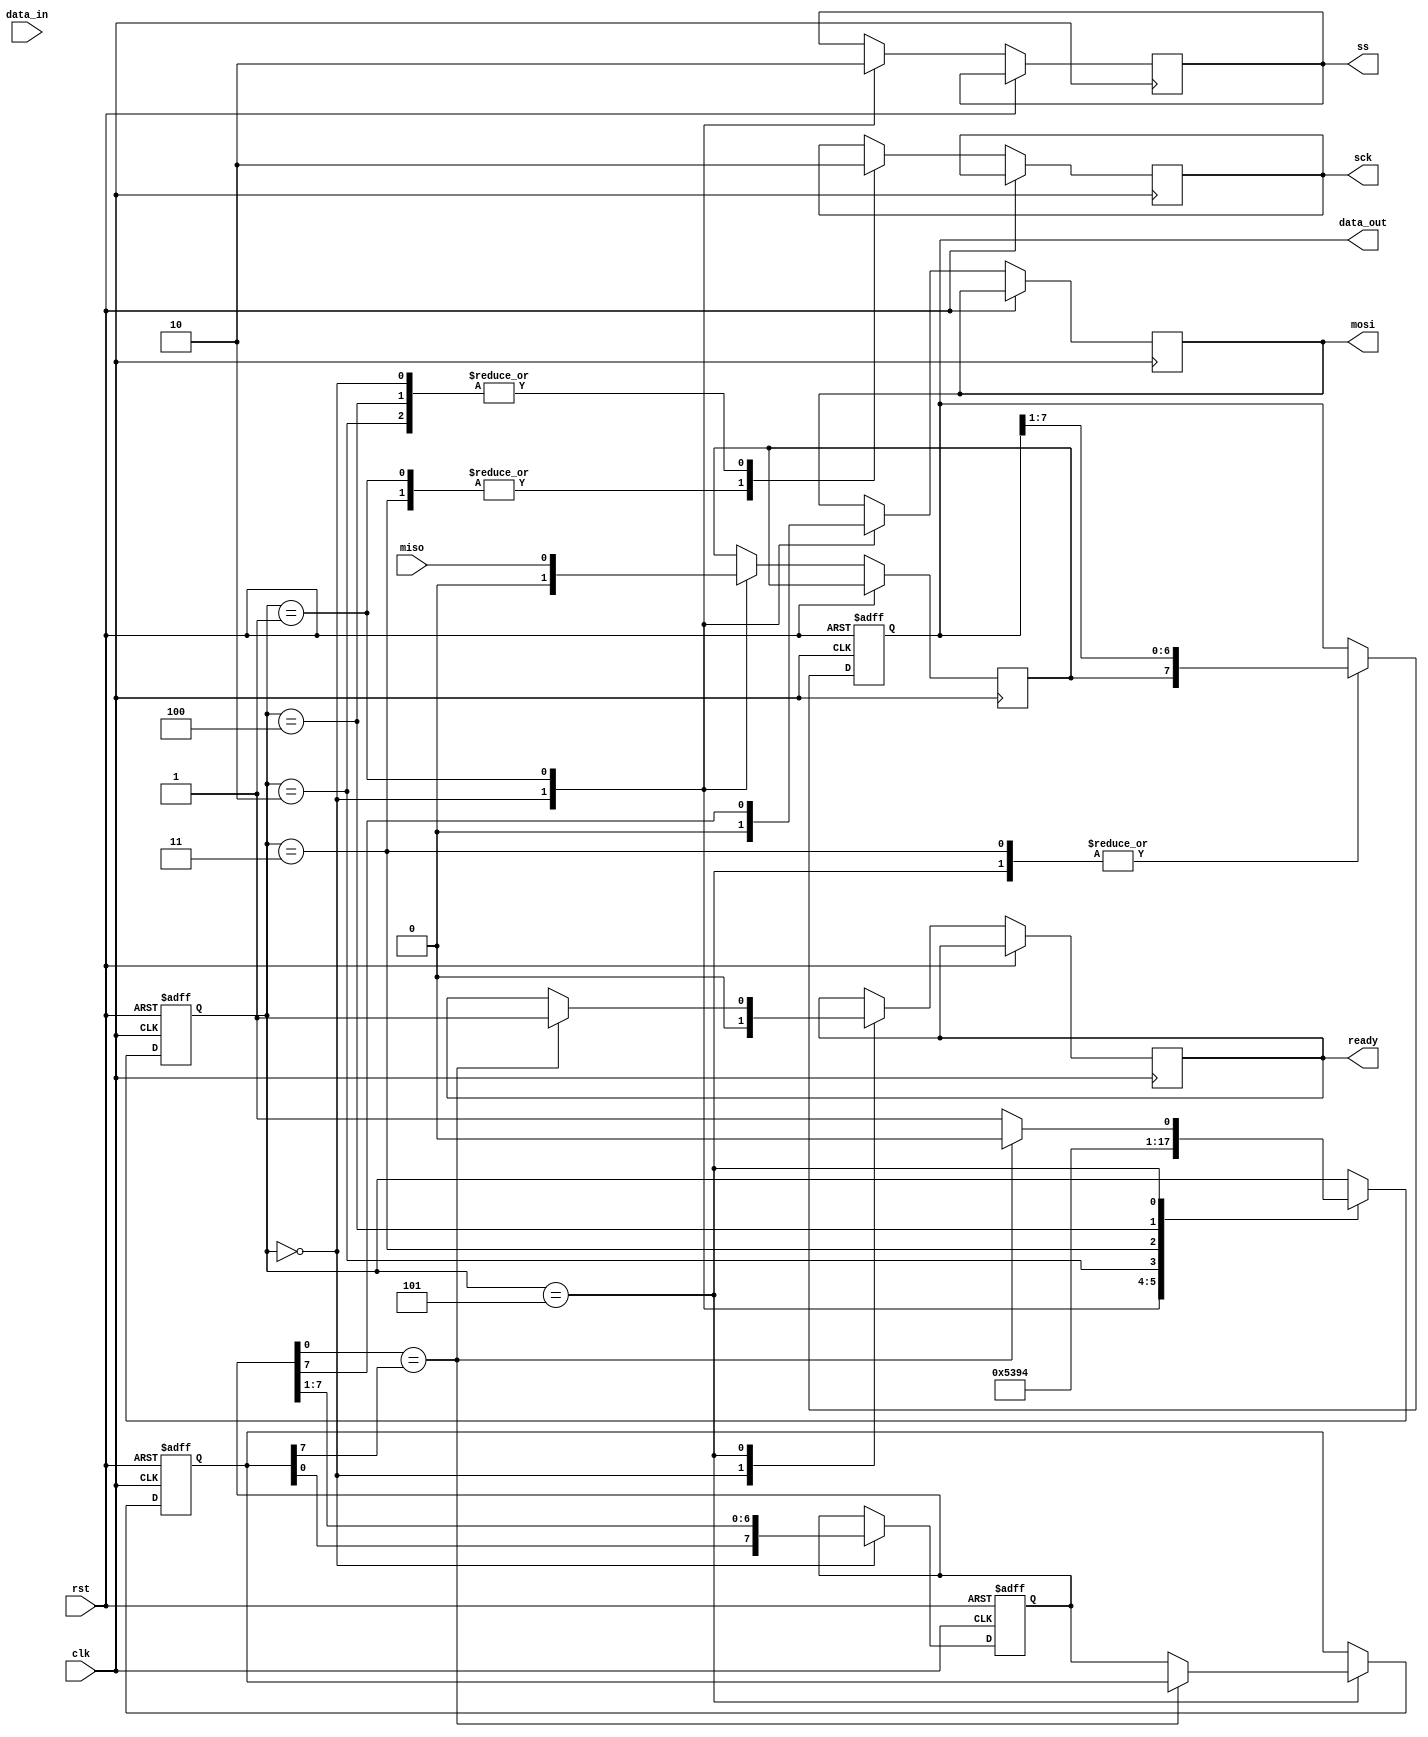
module SPI_Master #(
  parameter DATA_WIDTH = 8,
  parameter CLOCK_FREQ = 1000000,
  parameter SLAVE_ADDR = 7'hFF
)(
  input wire clk,
  input wire rst,
  input wire [7:0] data_in,
  output wire [7:0] data_out,
  output wire ss,
  output wire sck,
  output wire mosi,
  input wire miso,
  output wire ready
);

reg [DATA_WIDTH-1:0] shift_register;
reg [DATA_WIDTH-1:0] tx_data;
reg [DATA_WIDTH-1:0] rx_data;
reg [2:0] state;
wire ss_internal;
wire sck_internal;
wire mosi_internal;
wire miso_internal;
wire ready_internal;

assign ss = ss_internal;
assign sck = sck_internal;
assign mosi = mosi_internal;
assign ready = ready_internal;

assign data_out = rx_data;

always @(posedge clk or posedge rst) begin
  if (rst) begin
    shift_register <= 0;
    tx_data <= 0;
    rx_data <= 0;
    state <= 0;
  end else begin
    case(state)
      0: begin
        ss_internal <= 1;
        sck_internal <= 0;
        mosi_internal <= 0;
        miso_internal <= 0;
        ready_internal <= 0;
        shift_register <= {tx_data, shift_register[DATA_WIDTH-1:1]};
        state <= 1;
      end
      1: begin
        ss_internal <= 0;
        sck_internal <= 1;
        mosi_internal <= shift_register[DATA_WIDTH-1];
        miso_internal <= miso;
        state <= 2;
      end
      2: begin
        sck_internal <= 0;
        state <= 3;
      end
      3: begin
        sck_internal <= 1;
        rx_data <= {miso_internal, rx_data[DATA_WIDTH-1:1]};
        state <= 4;
      end
      4: begin
        sck_internal <= 0;
        state <= 5;
      end
      5: begin
        rx_data <= {miso_internal, rx_data[DATA_WIDTH-1:1]};
        if (shift_register[0] == tx_data[DATA_WIDTH-1]) begin
          ready_internal <= 1;
          state <= 0;
        end else begin
          tx_data <= shift_register;
          state <= 1;
        end
      end
    endcase
  end
end

endmodule